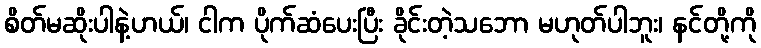
စိတ်မဆိုးပါနဲ့ဟယ်၊ ငါက ပိုက်ဆံပေးပြီး ခိုင်းတဲ့သဘော မဟုတ်ပါဘူး၊ နင်တို့ကို